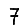
Digit: 7